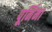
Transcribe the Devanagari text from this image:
पूर्निमा